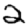
Digit: 2